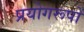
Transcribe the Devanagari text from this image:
प्रयोगरूपों